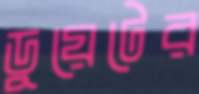
ডুয়েটের